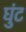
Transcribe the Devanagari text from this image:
घुंट